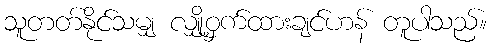
သူတတ်နိုင်သမျှ လျှို့ဝှက်ထားချင်ဟန် တူပါသည်။